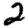
Digit: 2